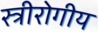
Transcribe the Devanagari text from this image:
स्त्रीरोगीय